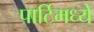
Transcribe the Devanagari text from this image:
पार्टिमध्ये